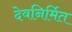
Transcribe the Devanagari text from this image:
देवनिर्मित